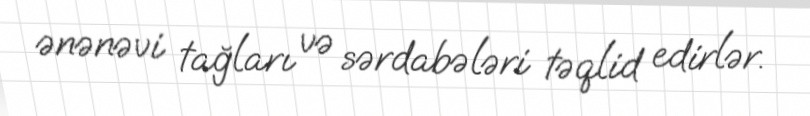
ənənəvi tağları və sərdabələri təqlid edirlər.